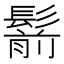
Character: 鬋